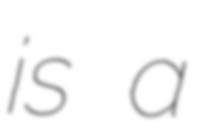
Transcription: is a